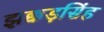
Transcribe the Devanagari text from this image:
झक्कड़सिंह